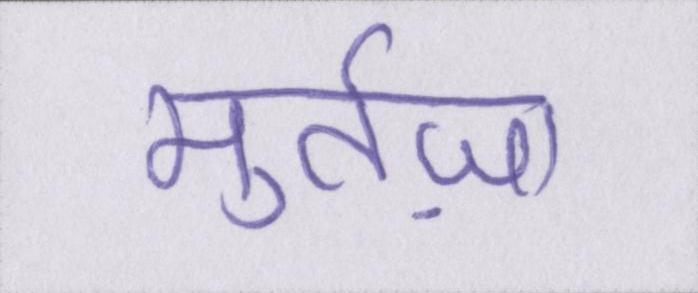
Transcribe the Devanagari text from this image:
मुर्तज़ा